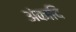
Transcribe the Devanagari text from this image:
अंकादि